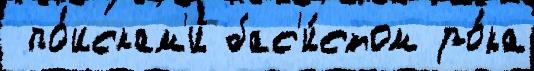
 по́искам'и бас'и́стом ро́ка